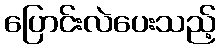
ပြောင်းလဲပေးသည့်